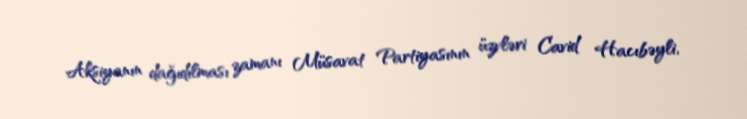
Aksiyanın dağıdılması zamanı Müsavat Partiyasının üzvləri Cavid Hacıbəyli,